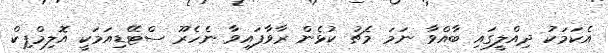
އެކަމަކު ދިއްލީގައި ބާއްވާ ނަމަ މެޗު ކުޅެން ރާވާފައިވާ ނެހެރޫ ސްޓޭޑިއަމަކީ އޮލިމްޕިކް